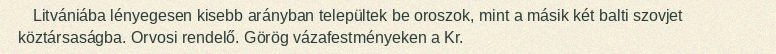
Litvániába lényegesen kisebb arányban települtek be oroszok, mint a másik két balti szovjet köztársaságba. Orvosi rendelő. Görög vázafestményeken a Kr.